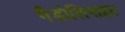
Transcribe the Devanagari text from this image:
गैडोलिनाइट